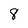
Character: 8